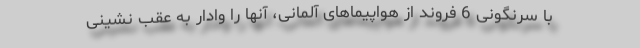
با سرنگونی 6 فروند از هواپیماهای آلمانی، آنها را وادار به عقب نشینی